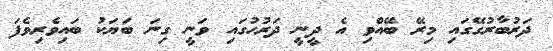
ދަރުބާރުގޭގައި މިރޭ ބޭއްވި އެ ދީނީ ދަރުހުގައި ވަނީ ގިނަ ބަޔަކު ބައިވެރިވެފަ